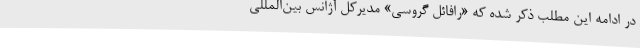
در ادامه این مطلب ذکر شده که «رافائل گروسی» مدیرکل آژانس بین‌المللی